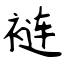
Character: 裢